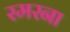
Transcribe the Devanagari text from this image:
स्मरना